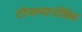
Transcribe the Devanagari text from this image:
टॉमल्यानोविच